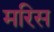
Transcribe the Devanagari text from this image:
मरिस